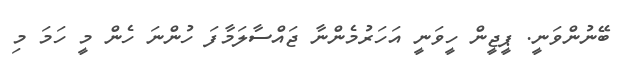
ބޭނުންވަނީ. ޕީޖީން ހީވަނީ އަހަރުމެންނާ ޖައްސާލަމާފަ ހުންނަ ހެން މީ ހަމަ މި